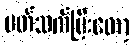
ပတ်သက်ပြီးတော့